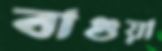
বাগুয়া